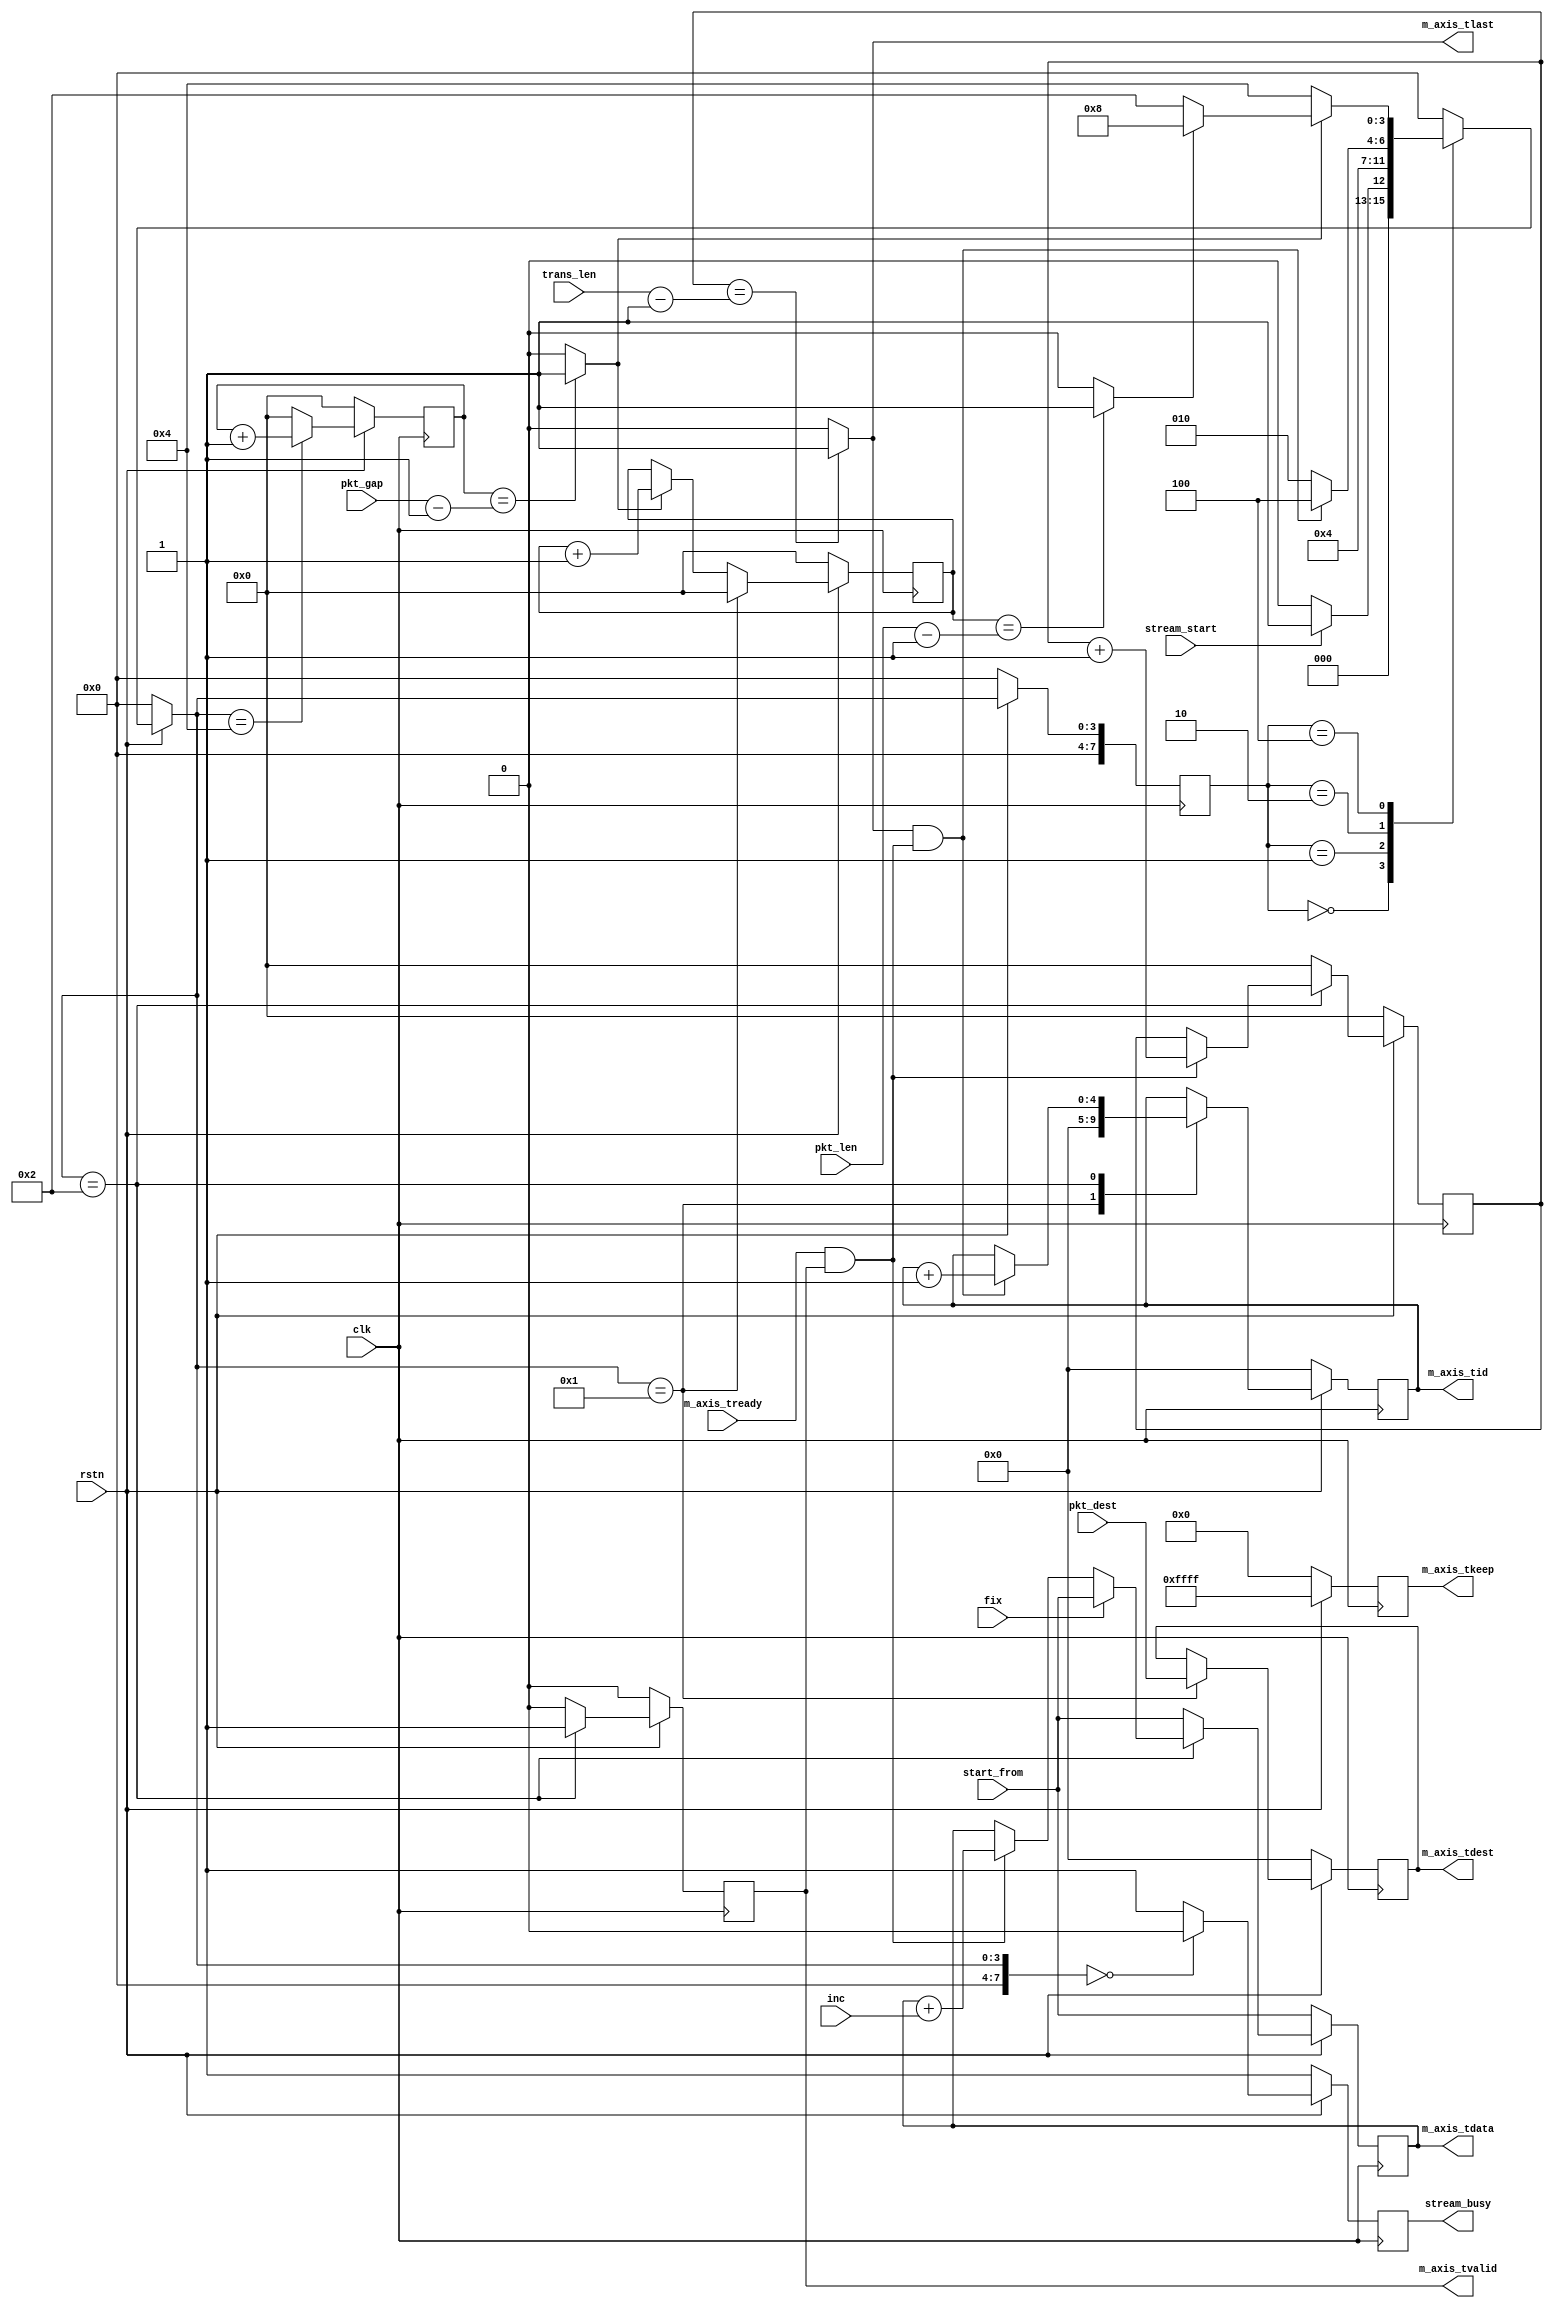
// verilog_format: off
`resetall
`timescale 1ns / 1ps
`default_nettype none
// verilog_format: on

module stream_master #(
    parameter TBYTE_NUM = 16
) (
    input wire clk,  //
    input wire rstn, //

    input wire [              4 : 0] pkt_dest,    //
    input wire [               31:0] pkt_gap,     //
    input wire [               31:0] pkt_len,     //
    input wire [               31:0] trans_len,   //
    input wire [(TBYTE_NUM*8-1) : 0] start_from,  //
    input wire [(TBYTE_NUM*8-1) : 0] inc,         //
    input wire                       fix,         //

    input  wire stream_start,  //
    output reg  stream_busy,   //

    output reg                        m_axis_tvalid,
    input  wire                       m_axis_tready,
    output reg  [(TBYTE_NUM*8-1) : 0] m_axis_tdata,
    output reg  [  (TBYTE_NUM-1) : 0] m_axis_tkeep,
    output wire                       m_axis_tlast,
    output reg  [              4 : 0] m_axis_tid,
    output reg  [              4 : 0] m_axis_tdest
);

    localparam FSM_IDLE = 8'h0;
    localparam FSM_PREPARE = 8'h1;
    localparam FSM_PKT = 8'h2;
    localparam FSM_GAP = 8'h4;
    localparam FSM_END = 8'h8;

    reg  [31:0] pkt_cnt;
    wire        pkt_end;

    reg  [31:0] trans_cnt;
    wire        trans_end;

    reg  [31:0] gap_cnt;
    wire        gap_end;

    reg  [ 7:0] c_state;
    reg  [ 7:0] n_state;

    wire        active;

    assign active    = m_axis_tready & m_axis_tvalid;
    assign trans_end = (trans_cnt == (trans_len - 1)) ? 1'b1 : 1'b0;
    assign pkt_end   = (pkt_cnt == (pkt_len - 1)) ? 1'b1 : 1'b0;
    assign gap_end   = (gap_cnt == (pkt_gap - 1)) ? 1'b1 : 1'b0;

    always @(posedge clk) begin
        if (!rstn) begin
            c_state <= FSM_IDLE;
        end else begin
            c_state <= n_state;
        end
    end

    always @(*) begin
        if (!rstn) begin
            n_state = FSM_IDLE;
        end else begin
            case (c_state)
                FSM_IDLE: begin
                    if (stream_start) begin
                        n_state = FSM_PREPARE;
                    end else begin
                        n_state = FSM_IDLE;
                    end
                end
                FSM_PREPARE: begin
                    n_state = FSM_PKT;
                end
                FSM_PKT: begin
                    if (trans_end & active) begin
                        n_state = FSM_GAP;
                    end else begin
                        n_state = FSM_PKT;
                    end
                end
                FSM_GAP: begin
                    if (gap_end) begin
                        if (pkt_end) begin
                            n_state = FSM_END;
                        end else begin
                            n_state = FSM_PKT;
                        end
                    end else begin
                        n_state = FSM_GAP;
                    end
                end
                default: n_state = FSM_IDLE;
            endcase
        end
    end

    always @(posedge clk) begin
        if (!rstn) begin
            trans_cnt <= 0;
        end else begin
            case (n_state)
                FSM_PKT: begin
                    if (active) begin
                        trans_cnt <= trans_cnt + 1;
                    end
                end
                default: begin
                    trans_cnt <= 0;
                end
            endcase
        end
    end

    always @(posedge clk) begin
        if (!rstn) begin
            pkt_cnt <= 0;
        end else begin
            case (n_state)
                FSM_PREPARE: begin
                    pkt_cnt <= 0;
                end
                default: begin
                    if (gap_end) begin
                        pkt_cnt <= pkt_cnt + 1;
                    end else begin
                        pkt_cnt <= pkt_cnt;
                    end
                end
            endcase
        end
    end

    always @(posedge clk) begin
        if (!rstn) begin
            gap_cnt <= 0;
        end else begin
            case (n_state)
                FSM_GAP: begin
                    gap_cnt <= gap_cnt + 1;
                end
                default: begin
                    gap_cnt <= 0;
                end
            endcase
        end
    end

    always @(posedge clk) begin
        if (!rstn) begin
            m_axis_tvalid <= 1'b0;
        end else begin
            case (n_state)
                FSM_PKT: begin
                    m_axis_tvalid <= 1'b1;
                end
                default: begin
                    m_axis_tvalid <= 1'b0;
                end
            endcase
        end
    end

    always @(posedge clk) begin
        if (!rstn) begin
            m_axis_tdata <= start_from;
        end else begin
            case (n_state)
                FSM_PKT: begin
                    if (fix) begin
                        m_axis_tdata <= start_from;
                    end else begin
                        if (active) begin
                            m_axis_tdata <= m_axis_tdata + inc;
                        end else begin
                            m_axis_tdata <= m_axis_tdata;
                        end
                    end
                end
                default: begin
                    m_axis_tdata <= start_from;
                end
            endcase
        end
    end

    assign m_axis_tlast = trans_end;
    // always @(posedge clk) begin
    //     if (!rstn) begin
    //         m_axis_tlast <= 1'b0;
    //     end else begin
    //         case (n_state)
    //             FSM_PREPARE: begin
    //                 m_axis_tlast <= 1'b0;
    //             end
    //             default: begin

    //             end
    //         endcase
    //     end
    // end

    always @(posedge clk) begin
        if (!rstn) begin
            m_axis_tid <= 0;
        end else begin
            case (n_state)
                FSM_PREPARE: begin
                    m_axis_tid <= 0;
                end
                FSM_PKT: begin
                    if (trans_end & active) begin
                        m_axis_tid <= m_axis_tid + 1;
                    end
                end
                default: begin
                    m_axis_tid <= m_axis_tid;
                end
            endcase
        end
    end

    always @(posedge clk) begin
        if (!rstn) begin
            m_axis_tdest <= 0;
        end else begin
            case (n_state)
                FSM_PREPARE: begin
                    m_axis_tdest <= pkt_dest;
                end
                default: begin
                    m_axis_tdest <= m_axis_tdest;
                end
            endcase
        end
    end

    always @(posedge clk) begin
        if (!rstn) begin
            m_axis_tkeep <= 0;
        end else begin
            m_axis_tkeep <= 16'hffff;
        end
    end

    always @(posedge clk) begin
        if (!rstn) begin
            stream_busy <= 1'b1;
        end else begin
            case (n_state)
                FSM_IDLE: begin
                    stream_busy <= 1'b0;
                end
                default: begin
                    stream_busy <= 1'b1;
                end
            endcase
        end
    end

endmodule

// verilog_format: off
`resetall
// verilog_format: on